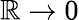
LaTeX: \mathbb{R}\to0